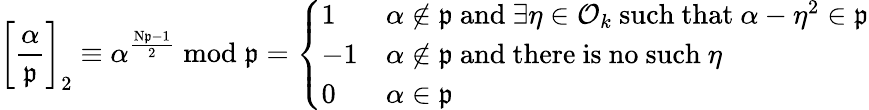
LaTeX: \left[{\frac{\alpha}{\mathfrak{p}}}\right]_{2}\equiv\alpha^{\frac{\mathrm{N}{\mathfrak{p}}-1}{2}}{\bmod{\mathfrak{p}}}={\left\{ \begin{array}{ll}{1}&{\alpha\not\in{\mathfrak{p}}{\mathrm{~and~}}\exists\eta\in{\mathcal{O}}_{k}{\mathrm{~such~that~}}\alpha-\eta^{2}\in{\mathfrak{p}}}\\ {-1}&{\alpha\not\in{\mathfrak{p}}{\mathrm{~and~there~is~no~such~}}\eta}\\ {0}&{\alpha\in{\mathfrak{p}}}\end{array}\right.}